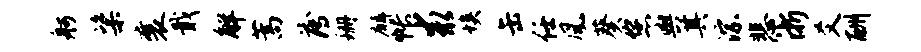
舸粢襄戢解蒿薄珊麟帐求埃缶任风葵您舆其淙悲浙爻酬